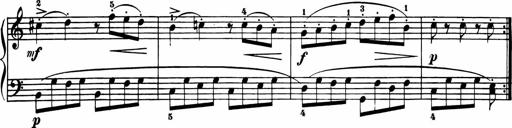
Title: 11 Sonatinas for Piano Solo
Composer: Anton Diabelli